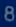
8